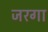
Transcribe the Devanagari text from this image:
जरगा